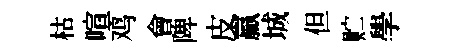
枯喧鸡會陴皮贏城但贮學